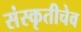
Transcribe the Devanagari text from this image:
संस्कृतीचेव